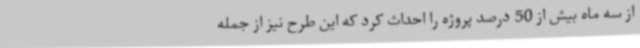
از سه ماه بیش از 50 درصد پروژه را احداث کرد که این طرح نیز از جمله